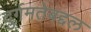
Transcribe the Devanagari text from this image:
दुर्गमतेबद्दल